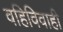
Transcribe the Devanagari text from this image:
वहिविवाही